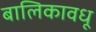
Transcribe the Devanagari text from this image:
बालिकावधू